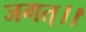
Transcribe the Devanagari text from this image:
जगत्।।